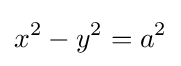
x^{2}-y^{2}=a^{2}